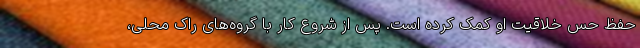
حفظ حس خلاقیت او کمک کرده است. پس از شروع کار با گروه‌های راک محلی،